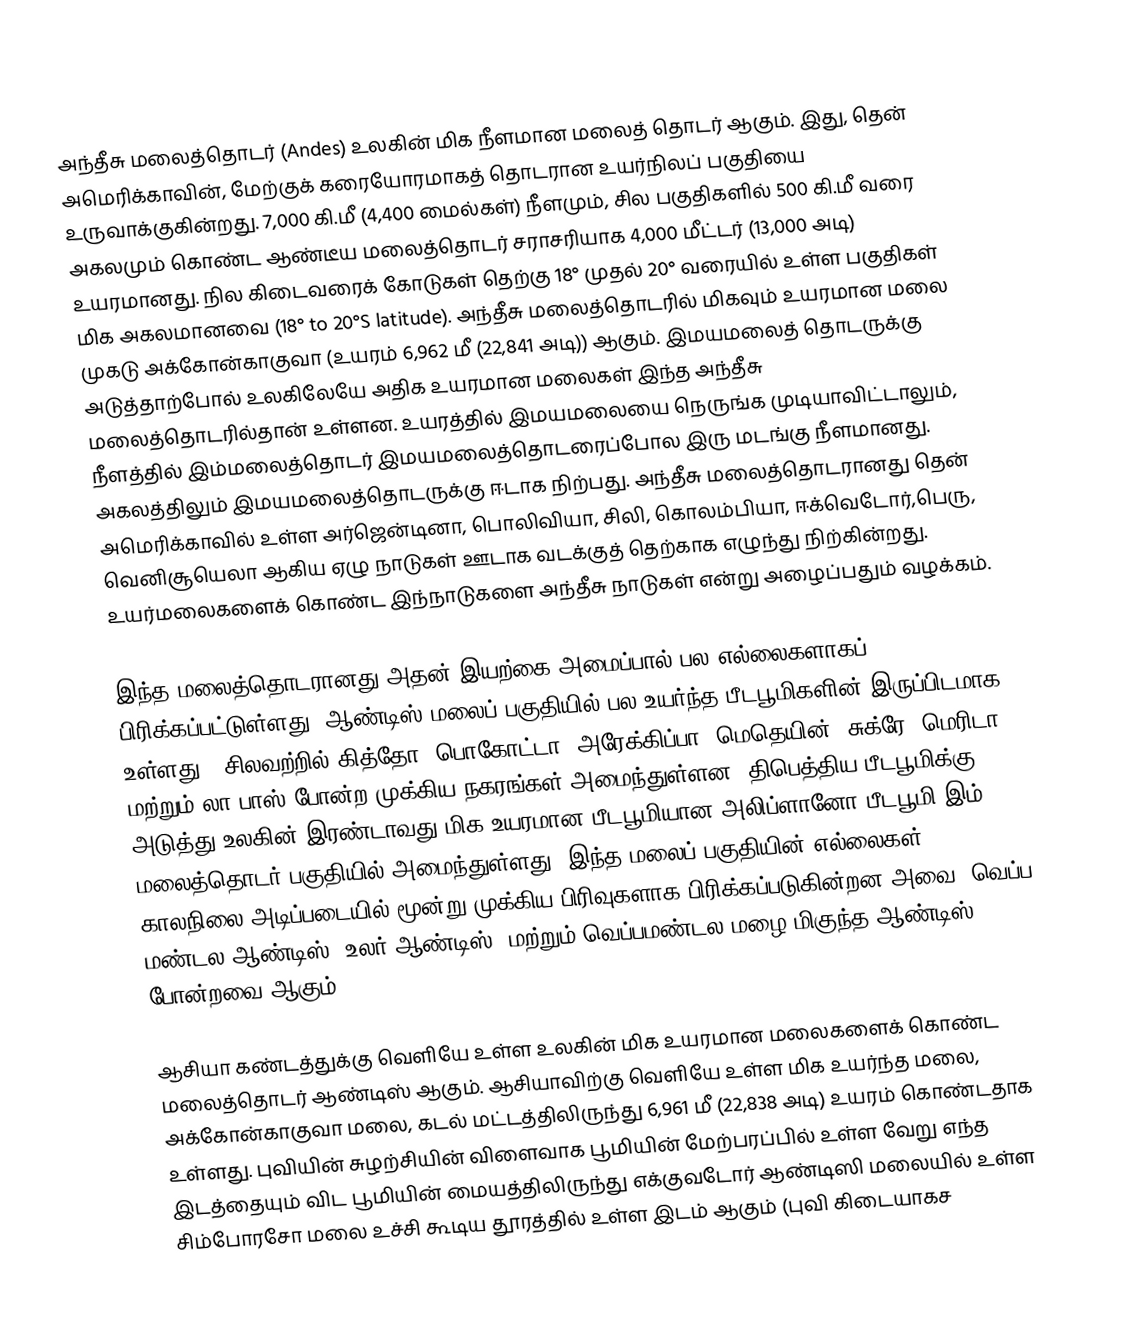
அந்தீசு மலைத்தொடர் (Andes) உலகின் மிக நீளமான மலைத் தொடர் ஆகும். இது, தென் அமெரிக்காவின், மேற்குக் கரையோரமாகத் தொடரான உயர்நிலப் பகுதியை உருவாக்குகின்றது. 7,000 கி.மீ (4,400 மைல்கள்) நீளமும், சில பகுதிகளில் 500 கி.மீ வரை அகலமும் கொண்ட ஆண்டீய மலைத்தொடர் சராசரியாக 4,000 மீட்டர் (13,000 அடி) உயரமானது. நில கிடைவரைக் கோடுகள் தெற்கு 18° முதல் 20° வரையில் உள்ள பகுதிகள் மிக அகலமானவை (18° to 20°S latitude). அந்தீசு மலைத்தொடரில் மிகவும் உயரமான மலை முகடு அக்கோன்காகுவா (உயரம் 6,962 மீ (22,841 அடி)) ஆகும். இமயமலைத் தொடருக்கு அடுத்தாற்போல் உலகிலேயே அதிக உயரமான மலைகள் இந்த அந்தீசு மலைத்தொடரில்தான் உள்ளன. உயரத்தில் இமயமலையை நெருங்க முடியாவிட்டாலும், நீளத்தில் இம்மலைத்தொடர் இமயமலைத்தொடரைப்போல இரு மடங்கு நீளமானது. அகலத்திலும் இமயமலைத்தொடருக்கு ஈடாக நிற்பது. அந்தீசு மலைத்தொடரானது தென் அமெரிக்காவில் உள்ள அர்ஜென்டினா, பொலிவியா, சிலி, கொலம்பியா, ஈக்வெடோர்,பெரு, வெனிசூயெலா ஆகிய ஏழு நாடுகள் ஊடாக வடக்குத் தெற்காக எழுந்து நிற்கின்றது. உயர்மலைகளைக் கொண்ட இந்நாடுகளை அந்தீசு நாடுகள் என்று அழைப்பதும் வழக்கம்.

இந்த மலைத்தொடரானது அதன் இயற்கை அமைப்பால் பல எல்லைகளாகப் பிரிக்கப்பட்டுள்ளது. ஆண்டிஸ் மலைப் பகுதியில் பல உயர்ந்த பீடபூமிகளின் இருப்பிடமாக உள்ளது - சிலவற்றில்  கித்தோ, பொகோட்டா, அரேக்கிப்பா, மெதெயின், சுக்ரே, மெரிடா மற்றும் லா பாஸ் போன்ற முக்கிய நகரங்கள் அமைந்துள்ளன. திபெத்திய பீடபூமிக்கு அடுத்து உலகின் இரண்டாவது மிக உயரமான பீடபூமியான அலிப்ளானோ பீடபூமி இம் மலைத்தொடர் பகுதியில் அமைந்துள்ளது. இந்த மலைப் பகுதியின் எல்லைகள் காலநிலை அடிப்படையில் மூன்று முக்கிய பிரிவுகளாக பிரிக்கப்படுகின்றன அவை:  வெப்ப மண்டல ஆண்டிஸ், உலர் ஆண்டிஸ், மற்றும் வெப்பமண்டல மழை மிகுந்த ஆண்டிஸ் போன்றவை ஆகும்.

ஆசியா கண்டத்துக்கு வெளியே உள்ள உலகின் மிக உயரமான மலைகளைக் கொண்ட மலைத்தொடர் ஆண்டிஸ் ஆகும். ஆசியாவிற்கு வெளியே உள்ள மிக உயர்ந்த மலை, அக்கோன்காகுவா மலை, கடல் மட்டத்திலிருந்து 6,961 மீ (22,838 அடி) உயரம் கொண்டதாக உள்ளது. புவியின் சுழற்சியின் விளைவாக பூமியின் மேற்பரப்பில் உள்ள வேறு எந்த இடத்தையும் விட பூமியின் மையத்திலிருந்து எக்குவடோர் ஆண்டிஸி மலையில் உள்ள சிம்போரசோ மலை உச்சி  கூடிய தூரத்தில் உள்ள இடம் ஆகும் (புவி கிடையாகச